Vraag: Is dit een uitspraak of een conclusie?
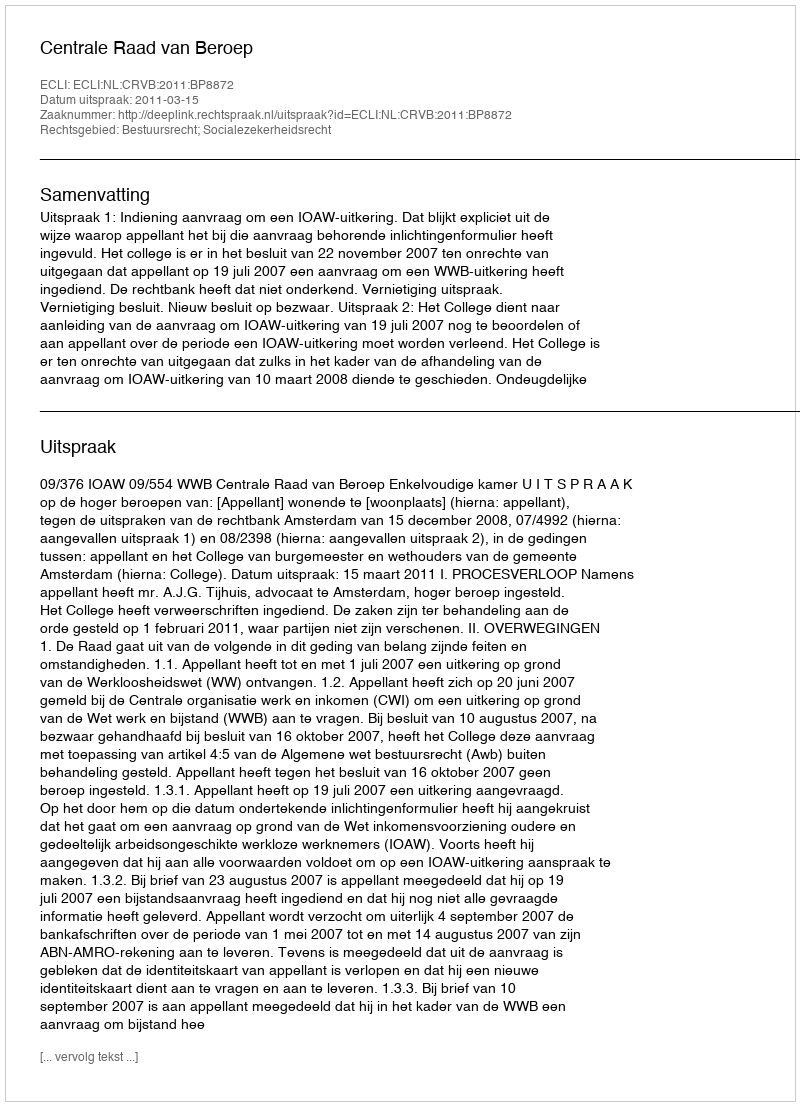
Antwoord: Uitspraak